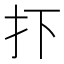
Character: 𢩹